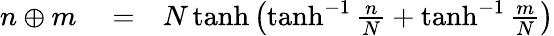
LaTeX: \begin{array}{rlr}{n\oplus m}&{{}=}&{N\operatorname{tanh}\left(\operatorname{tanh}^{-1}\frac{n}{N}+\operatorname{tanh}^{-1}\frac{m}{N}\right)}\end{array}